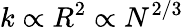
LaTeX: k\propto R^{2}\propto N^{2/3}